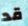
قد